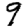
Digit: 9